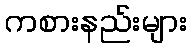
ကစားနည်းများ